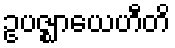
ဥပဇ္ဈာယေဟီတိ